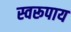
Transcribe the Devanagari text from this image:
स्वरूपाय